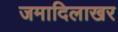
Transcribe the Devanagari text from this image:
जमादिलाखर